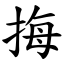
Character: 挴